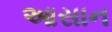
આસાન